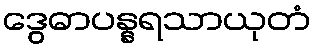
ဒွေဓာပန္နရသာယုတံ